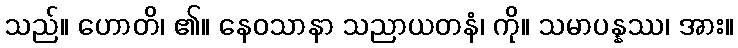
သည်။ ဟောတိ၊ ၏။ နေဝသာနာ သညာယတနံ၊ ကို။ သမာပန္နဿ၊ အား။